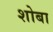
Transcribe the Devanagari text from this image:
शोबा